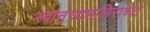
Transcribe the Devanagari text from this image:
स्वातंत्र्यशाहिराच्या